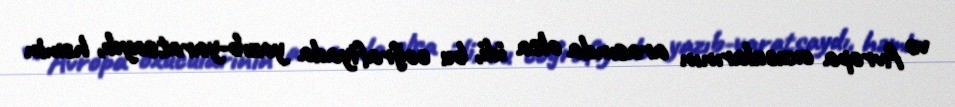
və Avropa oxucularının arasında olsa idi, bu coğrafiyada yazıb-yaratsaydı, həmin